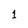
Character: 1